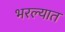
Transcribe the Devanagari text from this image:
भरल्यात